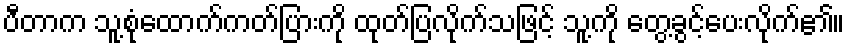
ပီတာက သူ့စုံထောက်ကတ်ပြားကို ထုတ်ပြလိုက်သဖြင့် သူ့ကို တွေ့ခွင့်ပေးလိုက်၏။